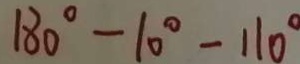
1 8 0 ^ { \circ } - 1 0 ^ { \circ } - 1 1 0 ^ { \circ }